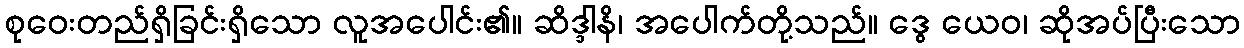
စုဝေးတည်ရှိခြင်းရှိသော လူအပေါင်း၏။ ဆိဒ္ဒါနိ၊ အပေါက်တို့သည်။ ဒွေ ယေဝ၊ ဆိုအပ်ပြီးသော